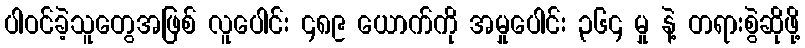
ပါဝင်ခဲ့သူတွေအဖြစ် လူပေါင်း ၄၈၉ ယောက်ကို အမှုပေါင်း ၃၆၄ မှု နဲ့ တရားစွဲဆိုဖို့